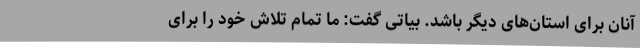
آنان برای استان‌های دیگر باشد. بیاتی گفت: ما تمام تلاش خود را برای